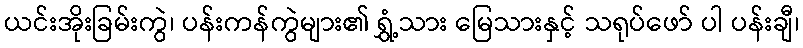
ယင်းအိုးခြမ်းကွဲ၊ ပန်းကန်ကွဲများ၏ ရွှံ့သား မြေသားနှင့် သရုပ်ဖော် ပါ ပန်းချီ၊